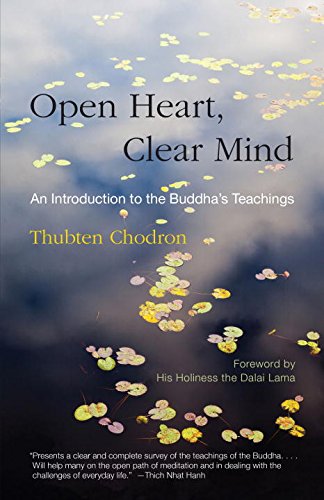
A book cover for Open Heart, Clear Mind: An Introduction to the Buddha's Teachings; Thubten Chodron; Religion & Spirituality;